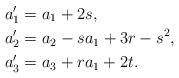
LaTeX: \begin{align*} a'_1 &= a_1 + 2s, \\ a'_2 &= a_2 - s a_1 + 3r - s^2, \\ a'_3 &= a_3 + r a_1 + 2t.\end{align*}